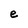
Character: e